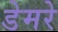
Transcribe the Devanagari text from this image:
डेमरे